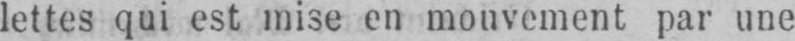
lettes qui est mise en mouvement par une